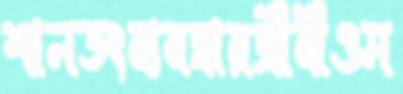
শানডংব্যবহারজীবীওম